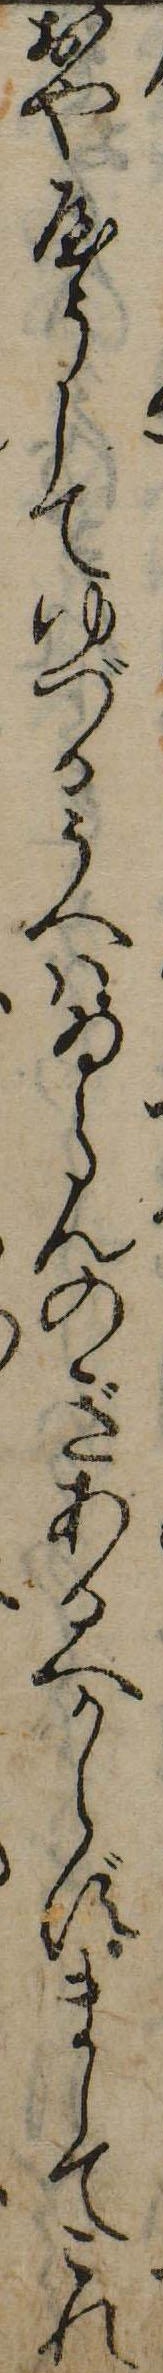
おややうしてゆづるうへはゐしんのぎあるへからずましてこれ